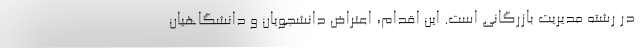
در رشته مدیریت بازرگانی است. این اقدام، اعتراض دانشجویان و دانشگاهیان